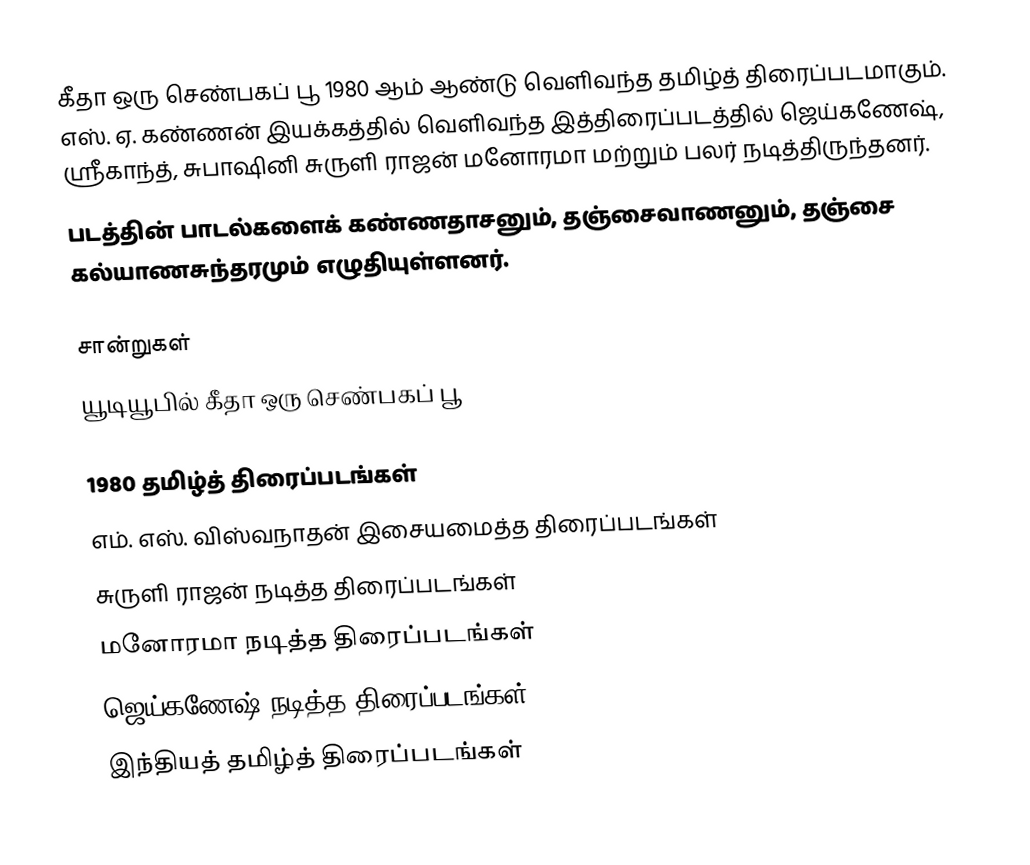
கீதா ஒரு செண்பகப் பூ 1980 ஆம் ஆண்டு வெளிவந்த தமிழ்த் திரைப்படமாகும். எஸ். ஏ. கண்ணன் இயக்கத்தில் வெளிவந்த இத்திரைப்படத்தில் ஜெய்கணேஷ், ஸ்ரீகாந்த், சுபாஷினி சுருளி ராஜன் மனோரமா மற்றும் பலர் நடித்திருந்தனர்.
படத்தின் பாடல்களைக் கண்ணதாசனும், தஞ்சைவாணனும், தஞ்சை கல்யாணசுந்தரமும் எழுதியுள்ளனர்.

சான்றுகள்
யூடியூபில் கீதா ஒரு செண்பகப் பூ

1980 தமிழ்த் திரைப்படங்கள்
எம். எஸ். விஸ்வநாதன் இசையமைத்த திரைப்படங்கள்
சுருளி ராஜன் நடித்த திரைப்படங்கள்
மனோரமா நடித்த திரைப்படங்கள்
ஜெய்கணேஷ் நடித்த திரைப்படங்கள்
இந்தியத் தமிழ்த் திரைப்படங்கள்